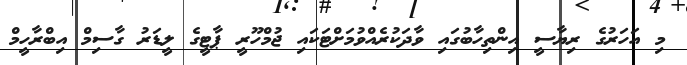
މި އަހަރުގެ ރިޔާސީ އިންތިހާބުގައި ވާދަކުރެއްވުމަށްޓަކައި ޖުމްހޫރީ ޕާޓީގެ ލީޑަރު ގާސިމް އިބްރާހީމް